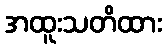
အထူးသတိထား